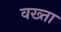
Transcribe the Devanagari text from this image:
वख्‍ता